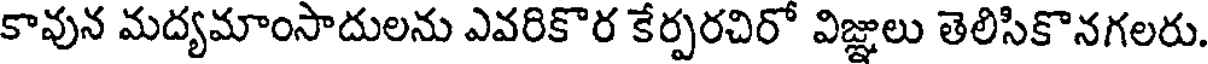
కావున మద్యమాంసాదులను ఎవరికొర కేర్పరచిరో విజ్ఞులు తెలిసికొనగలరు.